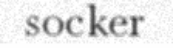
socker